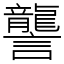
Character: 讋